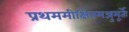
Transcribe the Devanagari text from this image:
प्रथममीक्षितमञ्जुमूर्तेः